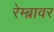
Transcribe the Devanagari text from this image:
रेम्ब्रावर